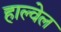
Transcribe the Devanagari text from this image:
हाल्वेल